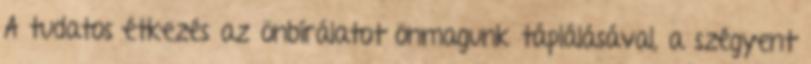
A tudatos étkezés az önbírálatot önmagunk táplálásával, a szégyent